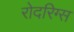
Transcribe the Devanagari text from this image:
रोदरिग्स